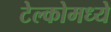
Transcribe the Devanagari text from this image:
टेल्कोमध्ये